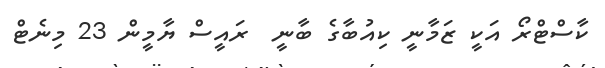
ކާސްޓްރޯ އަކީ ޒަމާނީ ކިއުބާގެ ބާނީ  ރައީސް ޔާމީން 23 މިނެޓް